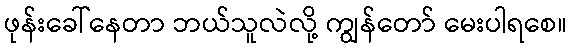
ဖုန်းခေါ်နေတာ ဘယ်သူလဲလို့ ကျွန်တော် မေးပါရစေ။